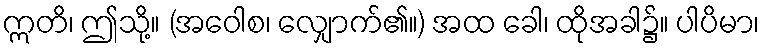
ဣတိ၊ ဤသို့။ (အဝေါစ၊ လျှောက်၏။) အထ ခေါ၊ ထိုအခါ၌။ ပါပိမာ၊